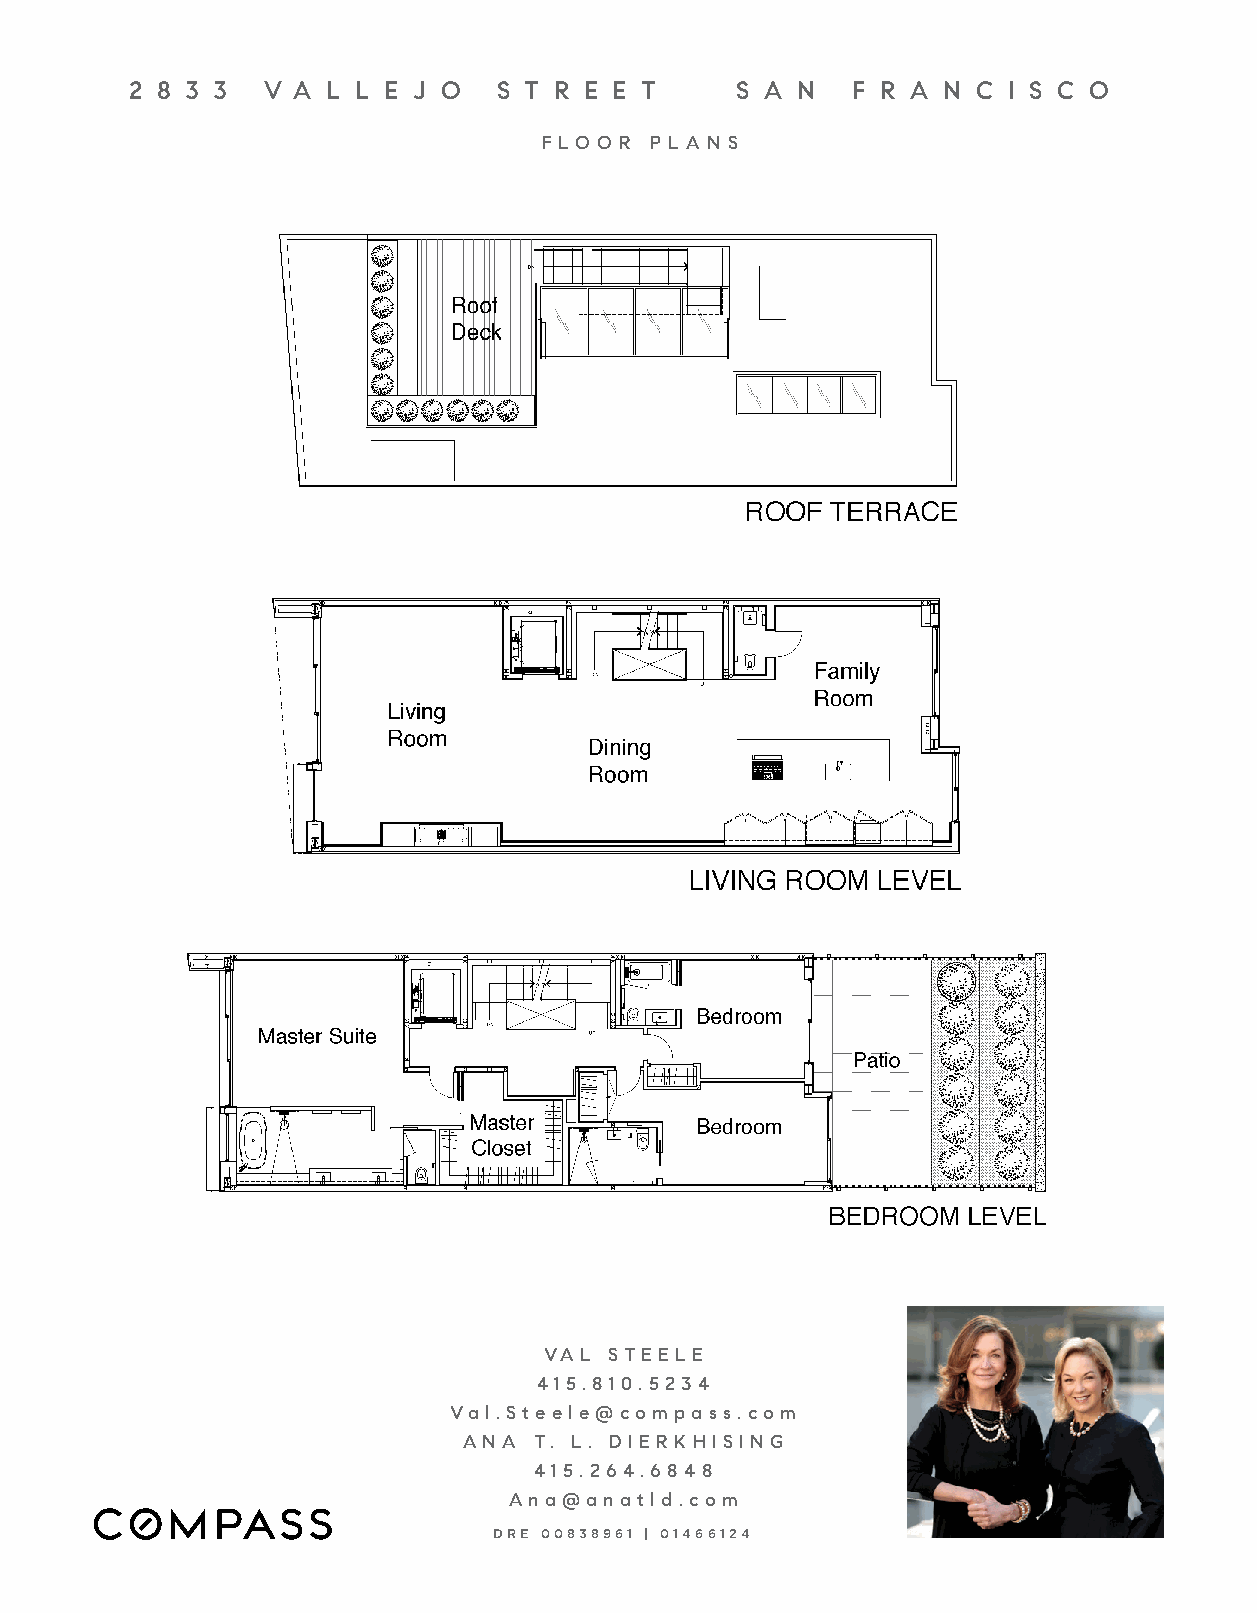
2 8 3 3  V A L L E J O  S T R E E T     S A N  F R A N  C I S C O
 F L O O R P L A N S
 VAL STEELE
 415.810. 5234
 Val.Steele@compass.com
 ANA T. L. DIERKHISING
 415. 264 .6 84 8
 Ana@anatld.com
 DRE 00838961 | 01466124